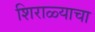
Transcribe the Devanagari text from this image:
शिराळ्याचा